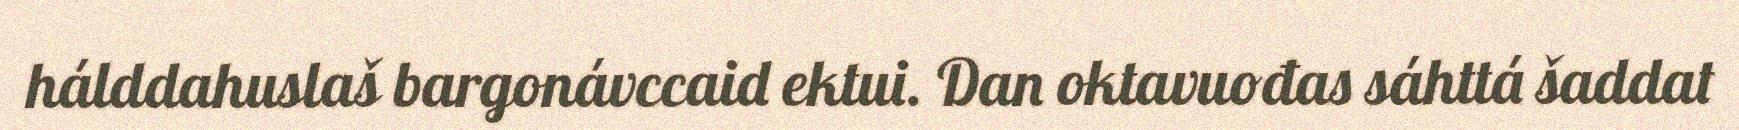
hálddahuslaš bargonávccaid ektui. Dan oktavuođas sáhttá šaddat